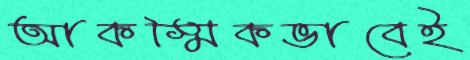
আকস্মিকভাবেই